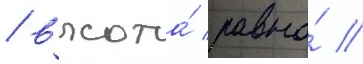
/ высота́ равна́ //